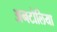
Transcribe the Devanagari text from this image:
अनटोलिया